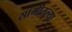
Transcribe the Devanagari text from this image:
सांगीतल्या